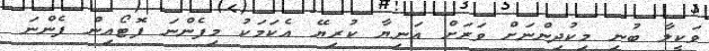
ވަކީލާ ބުނި މިކުދިންނަށް ވަރަށް އަނިޔާ ކުރިޔޭ އެކަމަކު މިފެންނަ ފޮޓޯއިން ފެންނަ